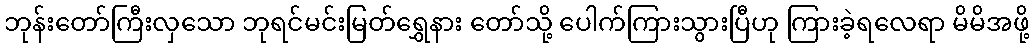
ဘုန်းတော်ကြီးလှသော ဘုရင်မင်းမြတ်ရွှေနား တော်သို့ ပေါက်ကြားသွားပြီဟု ကြားခဲ့ရလေရာ မိမိအဖို့